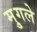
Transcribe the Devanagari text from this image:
मु्गले